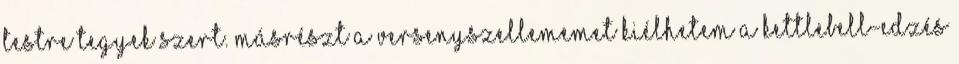
testre tegyek szert. Másrészt a versenyszellememet kiélhetem a kettlebell-edzés